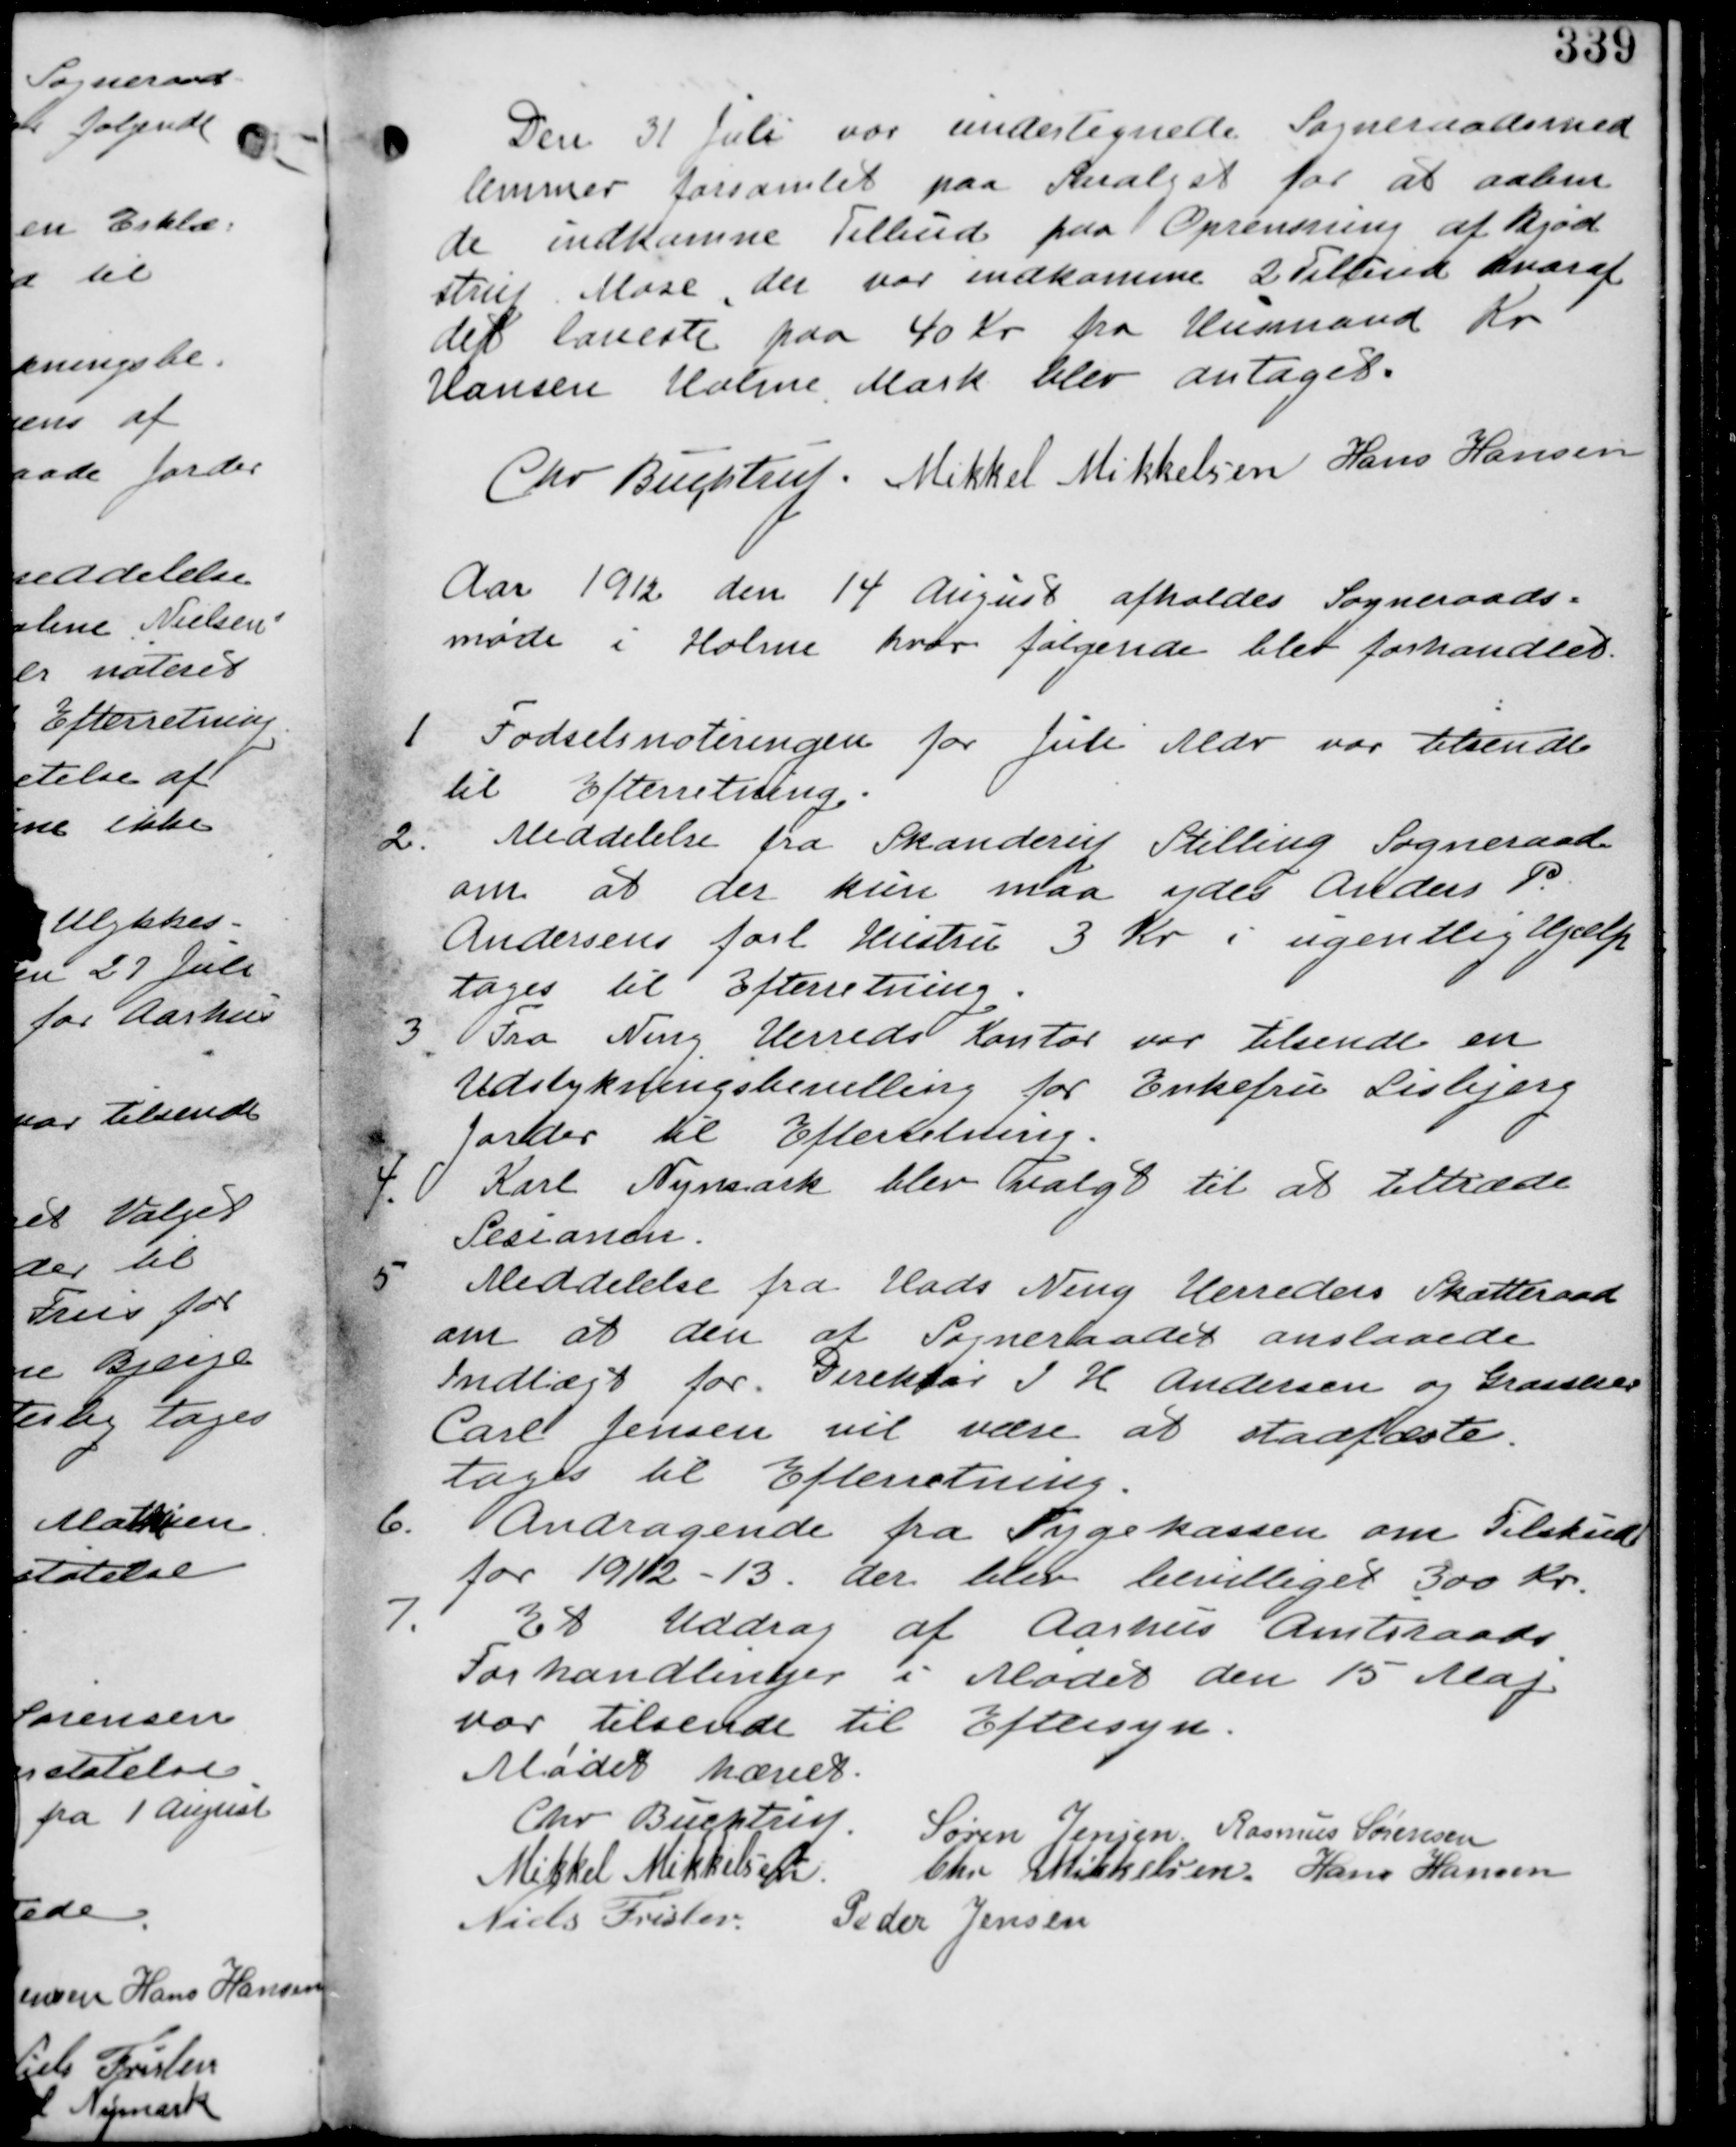
Transskription:
Den 31 Juli var undertegnede Sogneraadsmed-
lemmer forsamlet paa Saralyst for at aabne
de indkomne Tilbud paa Oprensning af Bjød-
strup Mose. der var indkomme 2 Tilbud hvoraf
det laveste paa 40 Kr fra Husmand Kr.
Hansen Holme Mark blev antaget.

Chr. Buchtrup. Mikkel Mikkelsen Hans Andersen

Aar 1912 den 14 August afholdes Sogneraads-
møde i Holme hvor følgende blev forhandlet.

1. Fødselsnoteringen for Juli Mdr var tilsendt
til Efterretning.

2. Meddelelse fra Skanderup Stilling Sogneraad
om at der kun maa ydes Anders P.
Andersens forladte Hustru 3 Kr i ugentlig Hjælp
tages til Efterretning.

3. Fra Ning Herreds Kontor var tilsendt en
Udstykningsbevilling for Enkefru Lisbjerg
Jorder til Efterretning.

4. Karl Nymark blev valgt til at tiltræde
Sesionen.

5. Meddelelse fra Hads Ning Herreders Skatteraad
om at den af Sogneraadet anslaaede
Indtægt for Direktør I H Andersen og Grosserer
Carl Jensen vil være at stadfæste.
tages til Efterretning

6. Andragende fra Sygekassen om Tilskud
for 1912-13. der blev bevilliget 300 Kr.

7. Et Uddrag af Aarhus Amtsraads
Forhandlinger i Mødet den 15 Maj
var tilsendt til Eftersyn

Mødet hævet

Chr. Buchtrup Søren Jensen Rasmus Sørensen
Mikkel Mikkelsen Chr Mikkelsen Hans Hansen
Niels Frislev Peder Jensen